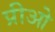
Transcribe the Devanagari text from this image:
प्रीओ